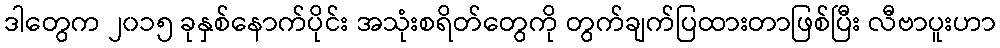
ဒါတွေက ၂၀၁၅ ခုနှစ်နောက်ပိုင်း အသုံးစရိတ်တွေကို တွက်ချက်ပြထားတာဖြစ်ပြီး လီဗာပူးဟာ